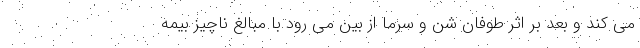
می کند و بعد بر اثر طوفان شن و سرما از بین می رود با مبالغ ناچیز بیمه